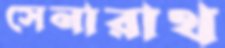
সেনারাথ